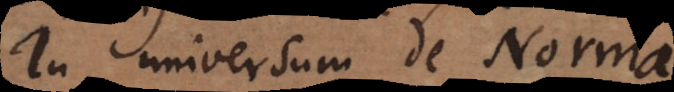
In universum de Norma